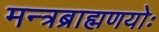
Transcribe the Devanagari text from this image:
मन्त्रब्राह्मणयोः